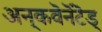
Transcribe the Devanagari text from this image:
अन्‌कवॆनॆंटॆड्